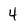
Character: 4